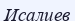
Исалиев